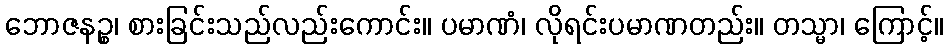
ဘောဇနဉ္စ၊ စားခြင်းသည်လည်းကောင်း။ ပမာဏံ၊ လိုရင်းပမာဏတည်း။ တသ္မာ၊ ကြောင့်။